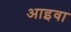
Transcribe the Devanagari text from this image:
आइवा